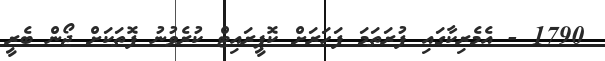
1790 - އެމެރިކާގައި ފުރަތަމަ ފަހަރަށް ކޮޕީރައިޓް ކުރެވުނު ފޮތަކަށް ޖޯން ބެރީ